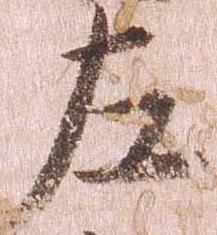
左